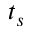
t _ { s }